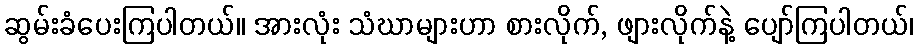
ဆွမ်းခံပေးကြပါတယ်။ အားလုံး သံဃာများဟာ စားလိုက်, ဖျားလိုက်နဲ့ ပျော်ကြပါတယ်၊